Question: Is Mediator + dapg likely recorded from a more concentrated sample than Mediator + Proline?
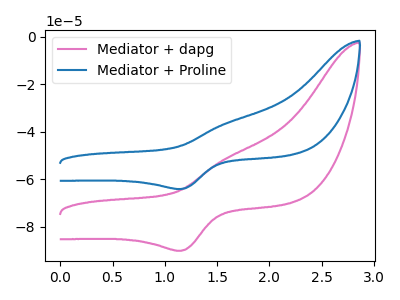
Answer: <think>The pink curve "Mediator + dapg" has an anodic peak at (1.60V, -51.05uA) and a cathodic peak at (1.15V, -90.00uA). The blue curve "Mediator + Proline" has an anodic peak at (1.60V, -36.30uA) and a cathodic peak at (1.15V, -64.00uA).
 All the peaks in "Mediator + dapg" have a peak in "Mediator + Proline" at the same potential.</think>
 <answer>I cant tell if "Mediator + dapg" or "Mediator + Proline" has more signal.</answer>
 <eval>mixed_signal</eval>